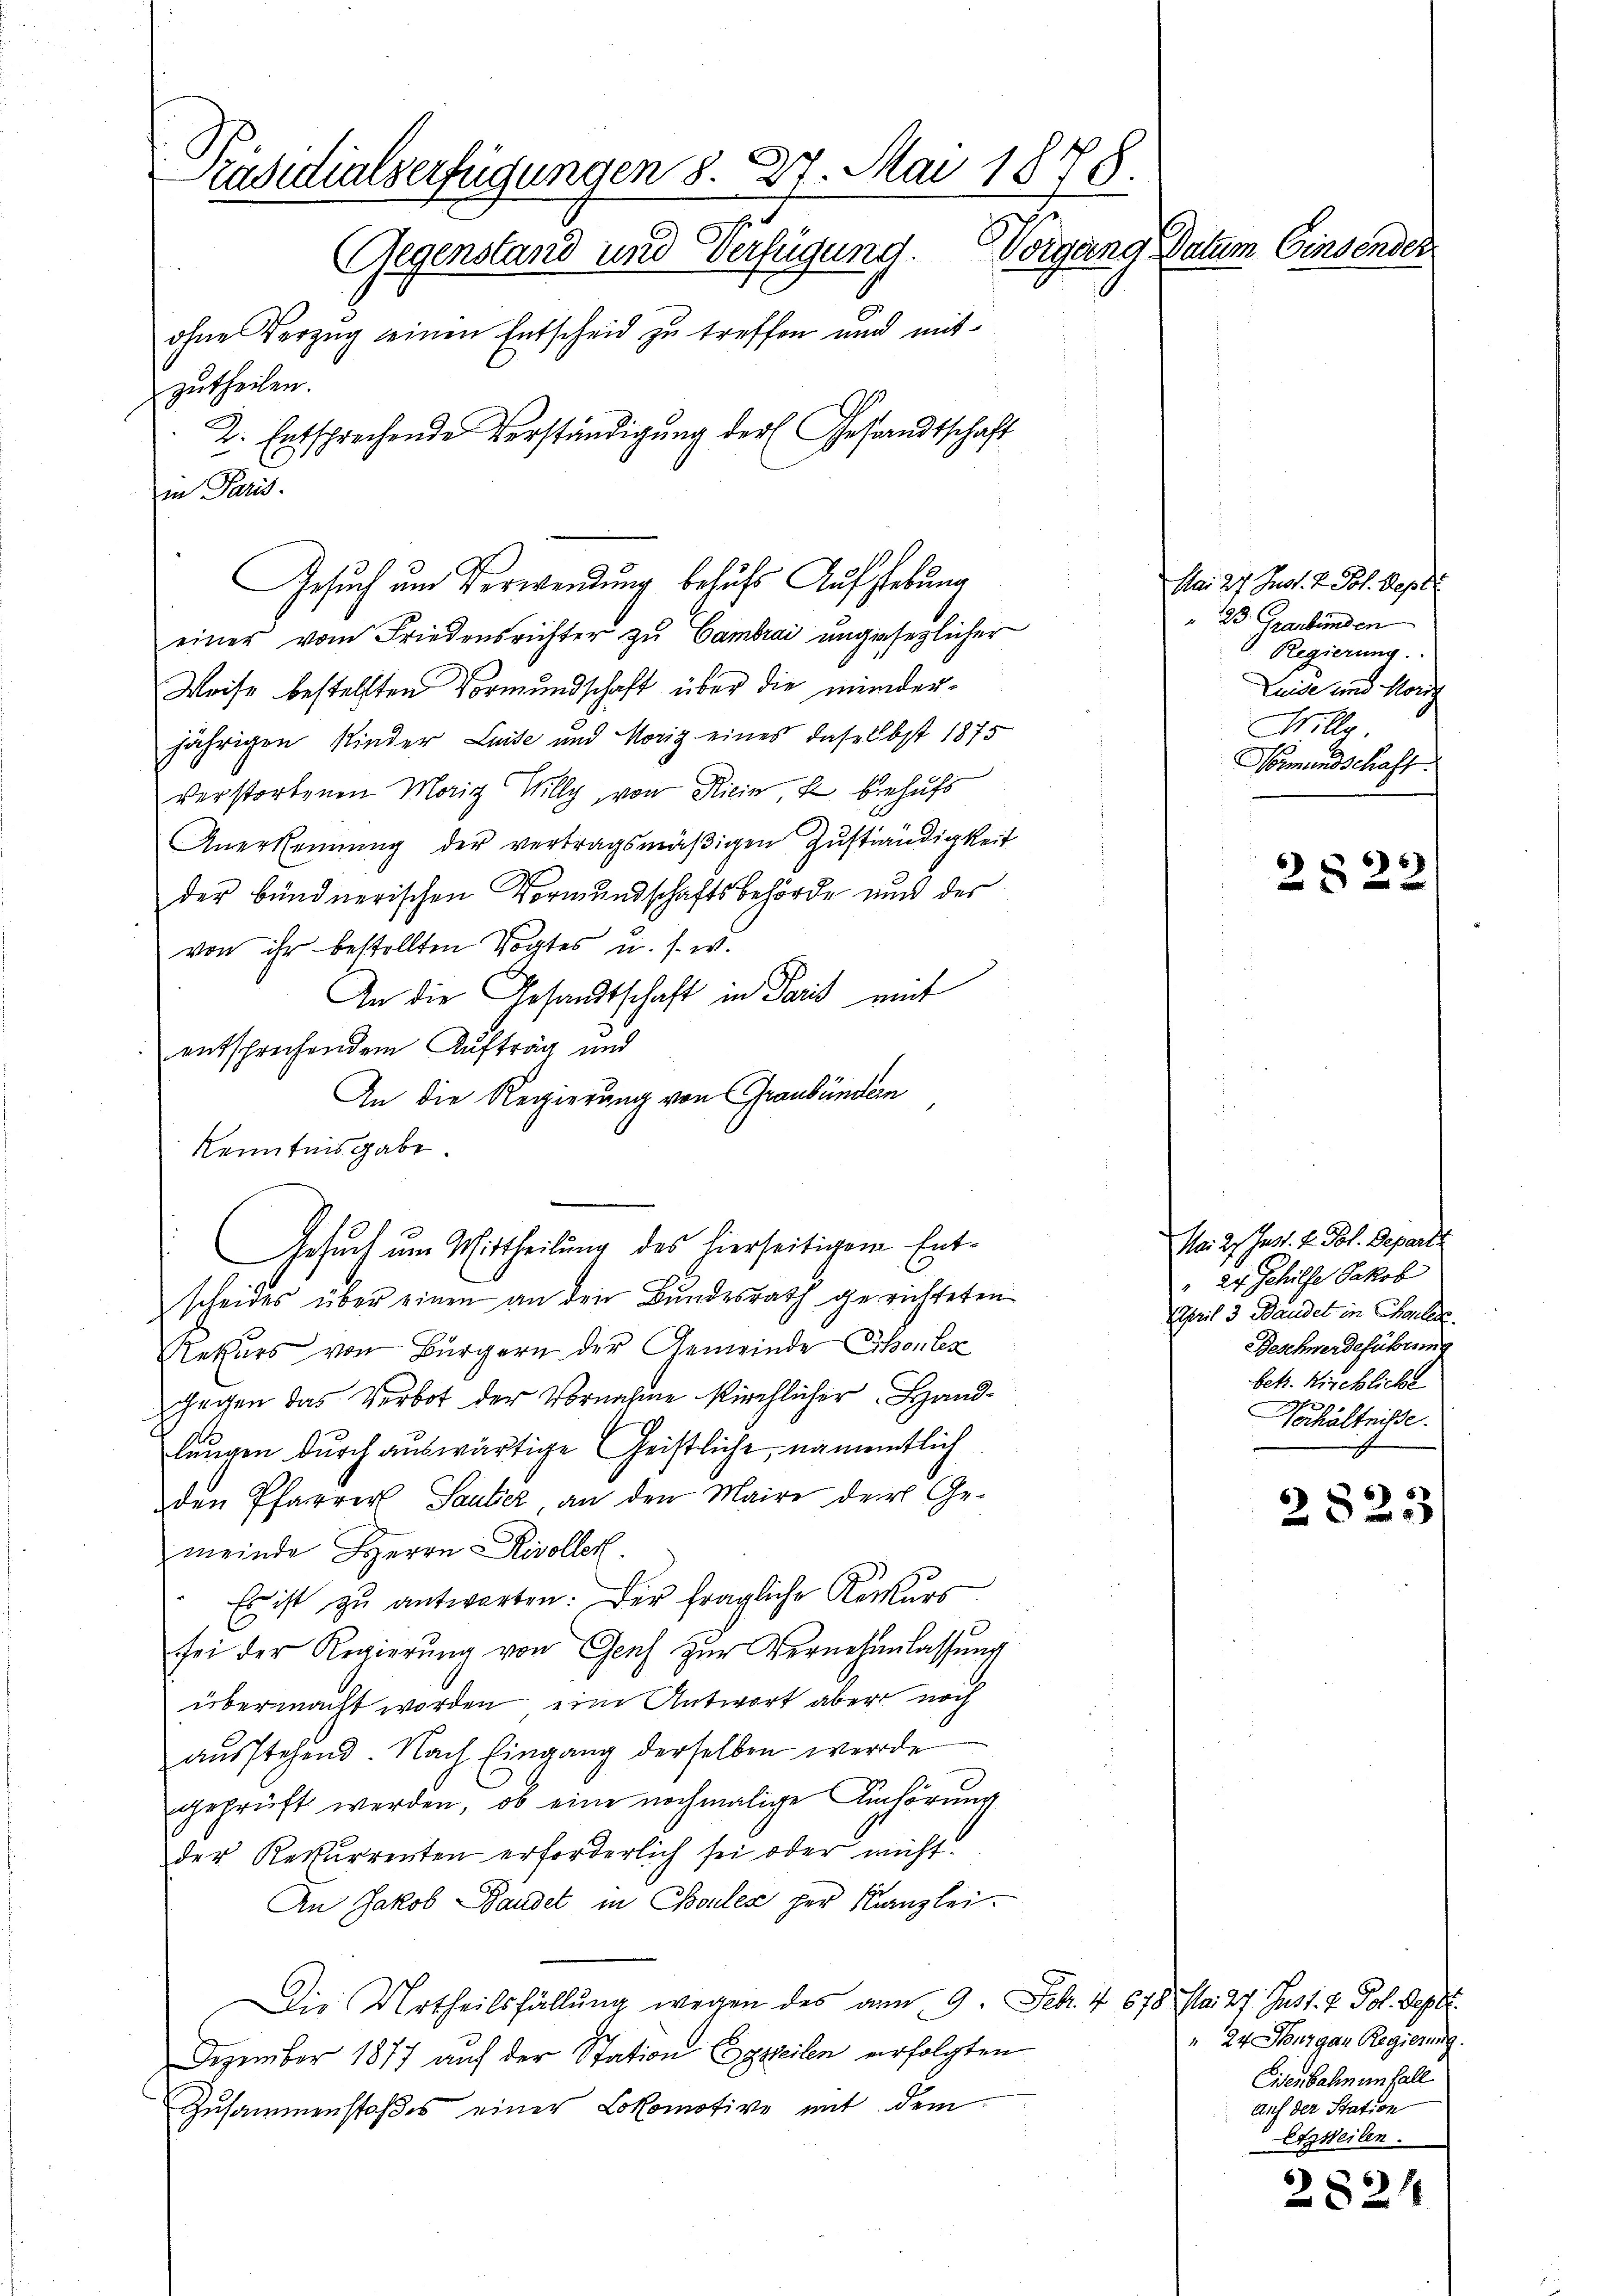
Päsidialserfügungen 8. 27. Mai 1878
Worgang Datum Einsender
Gegenstand und Verfügung.
ohne Verzug seinen Entscheid zu treffen und mit
zutheilen.
2. Entsprechende Verständigung der (Gesandtschaft

in Paris.
Gesuch um Verwendung besuchs Aufstebung
einer vom Friedensrichter zu Cambrai ungesezlicher
Weise bestellten Vormundschaft über die minderjährigen Kinder Luise und Moriz eines daselbst 1875
verstorbenen Maig Willy, von Riein u behufs
Anerkennung der vertragsmäßigen Zuständigkeit
der bündnerischen Vormundschaftsbehörde und des
von ihr bestellten Vogtes u. s. w.
An die Gesandtschaft in Paris mit
entsprechendem Auftrag und
An die Regierung von Graubünden
Kenntnisgabe.
scheides über einen an den Bundesrath gerichteten
Rekurs von Bürgern der Gemeinde Erbenten
chagen das Verbot der Vornahme kirchlicher Hand-
langen durch auswärtige Geistliche, namentlich
den Pfarrer Sauter an den Maire der Gemeinde Herrn Rivollek
Es ist zu antworten. Der fragliche Kerkurs
sei der Regierŭng von Genf zur Vernehmlassung
übermacht worden eine Antwort aber noch
ausstehend. Nach Eingang derselben werde
geprüft werden, ob eine nochmalige Anhörung
der Rekurrenten erforderlich sei oder nicht.
An Jakob Bandet in Coules per Kanzlei-
Die Urtheilsfällŭng wegen des am 9. Febr. & 678. Mai 27. Just- & Pol. Sept.
Dezember 1877 auf der Station Egzeilen erfolgten
Zusammenstoßes einer Lokomotive mit dem

Gesuch um Mittheilung des hierseitigen Ent¬

Mai 27. Just. v. Joh. Sept
23. Graubünden
Regierung.
Luide und Hörig
Wille.
Vormundschaft

2822

Mai 27. Just. v. Pol. Depart
" 24. Schilfe Jakob
April 3 Standel in Chaler.
Beschwerdeführung
betr. Kirchliche
Verhältnisse.

2823

24 Thurgau Regierung.
Eisenbahnen fall
auf der Station
Etweilen.

2824